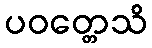
ပဝတ္တေသိ